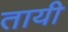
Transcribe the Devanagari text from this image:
तायी